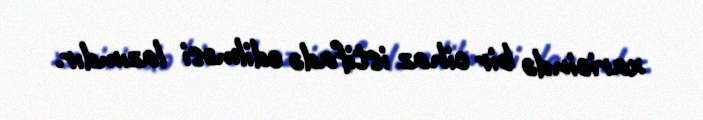
xaricində bir cihaz istifadə edilməsi lazımdır.